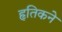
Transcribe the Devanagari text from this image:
हृतिकने